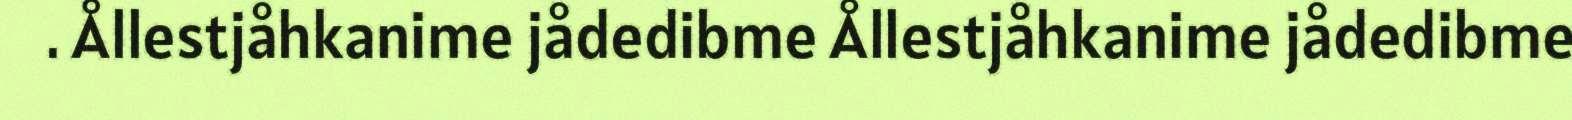
. Ållestjåhkanime jådedibme Ållestjåhkanime jådedibme